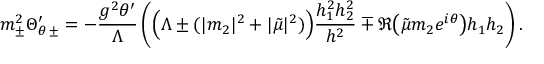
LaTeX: m _ { \pm } ^ { 2 } \Theta _ { \theta \, \pm } ^ { \prime } = - \frac { g ^ { 2 } \theta ^ { \prime } } { \Lambda } \left( \Big ( \Lambda \pm ( | m _ { 2 } | ^ { 2 } + | \tilde { \mu } | ^ { 2 } ) \Big ) \frac { h _ { 1 } ^ { 2 } h _ { 2 } ^ { 2 } } { h ^ { 2 } } \mp \Re \big ( \tilde { \mu } m _ { 2 } e ^ { i \theta } \big ) h _ { 1 } h _ { 2 } \right) .